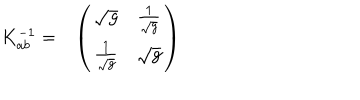
\begin{array} { c c } { { K _ { a b } ^ { - 1 } = } } & { { \left( \begin{array} { c c } { { \sqrt { g } } } & { { { \frac { 1 } { \sqrt { g } } } } } \\ { { { \frac { 1 } { \sqrt { g } } } } } & { { \sqrt { g } } } \\ \end{array} \right) } } \\ \end{array}